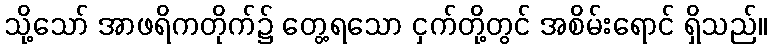
သို့သော် အာဖရိကတိုက်၌ တွေ့ရသော ငှက်တို့တွင် အစိမ်းရောင် ရှိသည်။